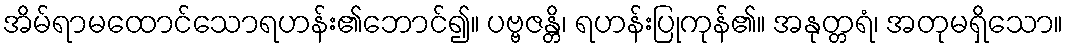
အိမ်ရာမထောင်သောရဟန်း၏ဘောင်၍။ ပဗ္ဗဇန္တိ၊ ရဟန်းပြုကုန်၏။ အနုတ္တရံ၊ အတုမရှိသော။